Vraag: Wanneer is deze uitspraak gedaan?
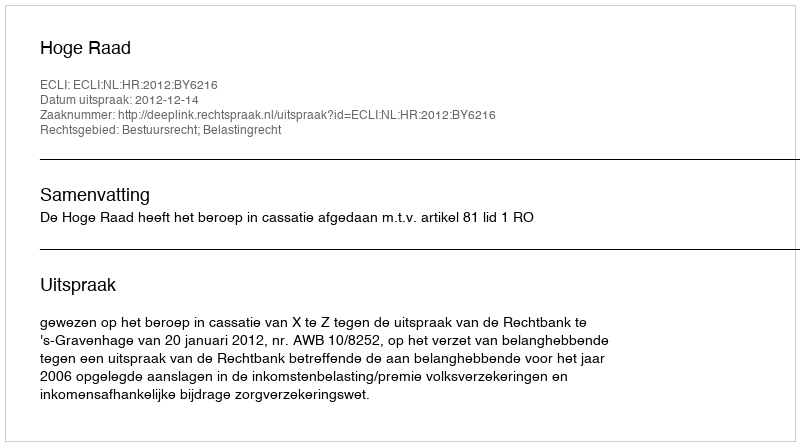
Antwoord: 2012-12-14